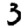
Digit: 3